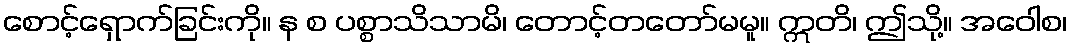
စောင့်ရှောက်ခြင်းကို။ န စ ပစ္စာသိသာမိ၊ တောင့်တတော်မမူ။ ဣတိ၊ ဤသို့။ အဝေါစ၊